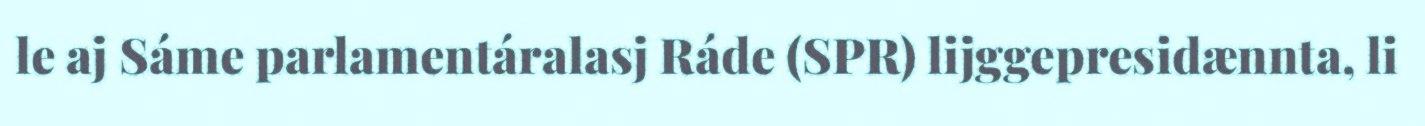
le aj Sáme parlamentáralasj Ráde (SPR) lijggepresidænnta, li